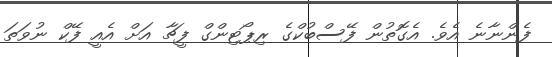
ފެންނާނެ އެވެ. އެގޮތުން ފޭސްބުކްގެ ރިޕޯޓިންގް ފީޗާ އަށް އެއީ ފޭކް ނުވަތަ